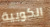
الكوبية